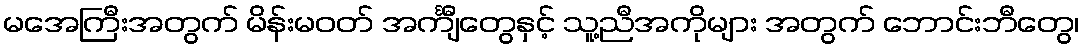
မအေကြီးအတွက် မိန်းမဝတ် အင်္ကျီတွေနှင့် သူ့ညီအကိုများ အတွက် ဘောင်းဘီတွေ၊